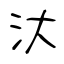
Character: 汏